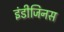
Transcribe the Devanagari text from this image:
इंडीजिनस